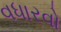
વધારવો